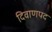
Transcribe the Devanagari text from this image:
दिवाणपद